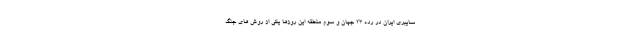
سایبری ایران در رده 23 جهان و سوم منطقه این روزها یکی از روش های جنگ